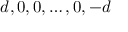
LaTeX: d , 0 , 0 , \dots , 0 , - d